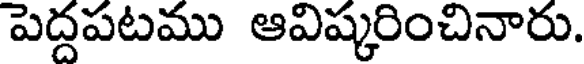
పెద్దపటము ఆవిష్కరించినారు.